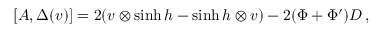
[ A , \Delta ( v ) ] = 2 ( v \otimes \sinh h - \sinh h \otimes v ) - 2 ( \Phi + \Phi ^ { \prime } ) D \, ,